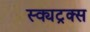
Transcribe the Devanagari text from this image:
स्क्यट्रक्स